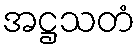
အဋ္ဌသတံ